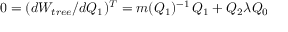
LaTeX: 0 = ( d W _ { t r e e } / d Q _ { 1 } ) ^ { T } = m ( Q _ { 1 } ) ^ { - 1 } \, \d Q _ { 1 } + Q _ { 2 } \lambda Q _ { 0 }